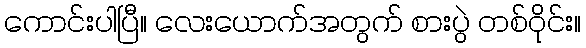
ကောင်းပါပြီ။ လေးယောက်အတွက် စားပွဲ တစ်ဝိုင်း။